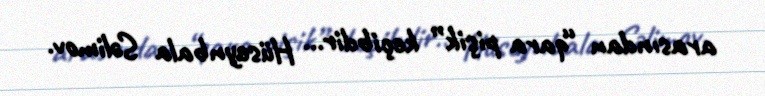
arasından “qara pişik” keçibdir... Hüseynbala Səlimov.